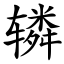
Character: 辚